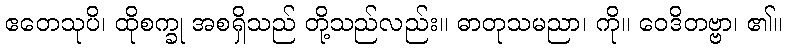
ဧတေသုပိ၊ ထိုစက္ခု အစရှိသည် တို့သည်လည်း။ ဓာတုသမညာ၊ ကို။ ဝေဒိတဗ္ဗာ၊ ၏။